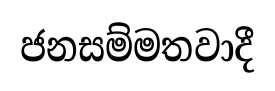
ජනසම්මතවාදී